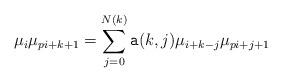
LaTeX: \begin{align*}\mu_i\mu_{pi+k+1}=\sum_{j=0}^{N(k)} {\tt a}(k,j)\mu_{i+k-j}\mu_{pi+j+1}\end{align*}